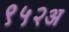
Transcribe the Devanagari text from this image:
९५२अ